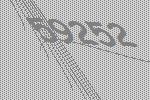
59252